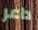
داعر